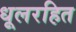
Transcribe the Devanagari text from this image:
धूलरहित